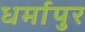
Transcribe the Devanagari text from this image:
धर्मापुर